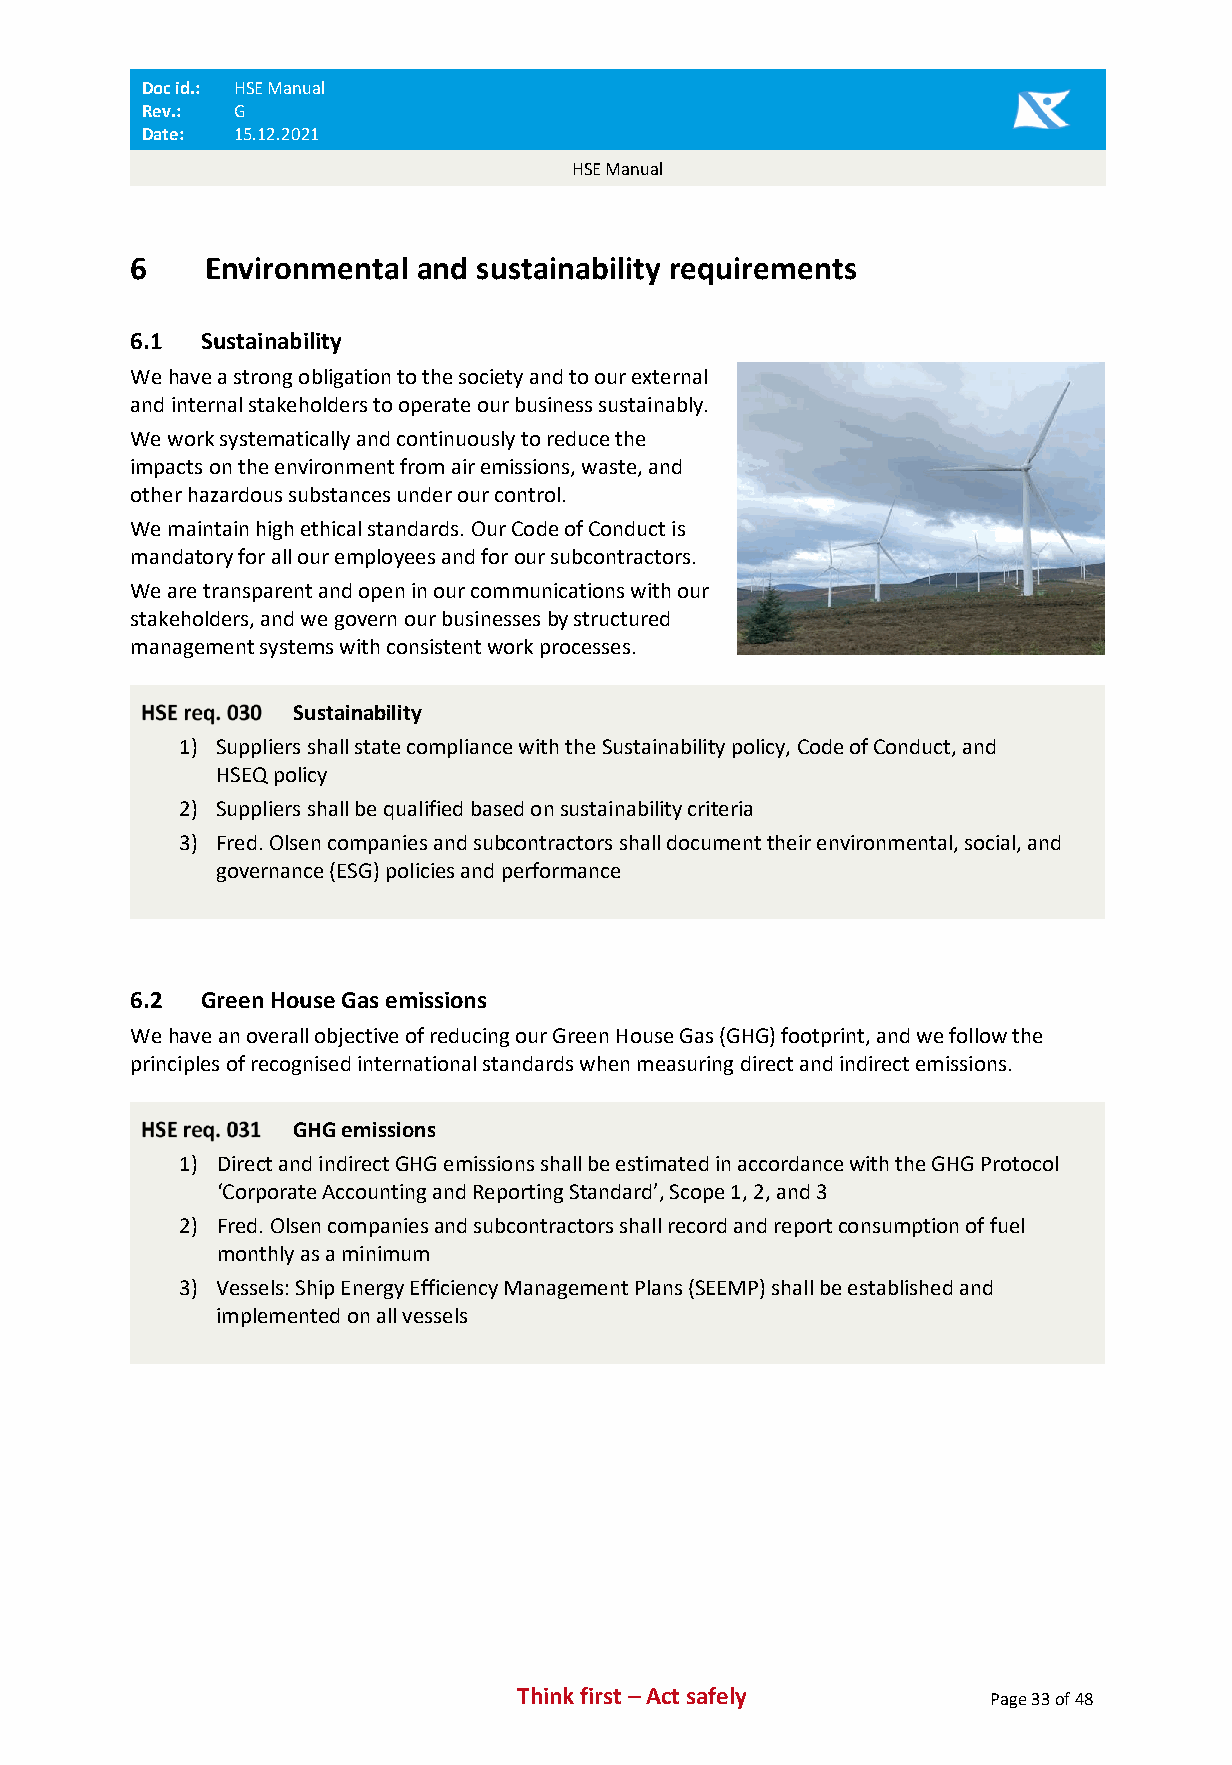
Doc id.: HSE Manual
 Rev.: G
 Date: 15.12.2021
 HSE Manual
 6    Environmental and sustainability requirements
 6.1  Sustainability
 We have a strong obligation to the society and to our external
 and internal stakeholders to operate our business sustainably.
 We work systematically and continuously to reduce the
 impacts on the environment from air emissions, waste, and
 other hazardous substances under our control.
 We maintain high ethical standards. Our Code of Conduct is
 mandatory for all our employees and for our subcontractors.
 We are transparent and open in our communications with our
 stakeholders, and we govern our businesses by structured
 management systems with consistent work processes.
 Sustainability
 1) Suppliers shall state compliance with the Sustainability policy, Code of Conduct, and
 HSEQ policy
 2) Suppliers shall be qualified based on sustainability criteria
 3) Fred. Olsen companies and subcontractors shall document their environmental, social, and
 governance (ESG) policies and performance
 6.2  Green House Gas emissions
 We have an overall objective of reducing our Green House Gas (GHG) footprint, and we follow the
 principles of recognised international standards when measuring direct and indirect emissions.
 GHG emissions
 1) Direct and indirect GHG emissions shall be estimated in accordance with the GHG Protocol
 ‘Corporate Accounting and Reporting Standard’, Scope 1, 2, and 3
 2) Fred. Olsen companies and subcontractors shall record and report consumption of fuel
 monthly as a minimum
 3) Vessels: Ship Energy Efficiency Management Plans (SEEMP) shall be established and
 implemented on all vessels
 Think first – Act safely       Page 33 of 48